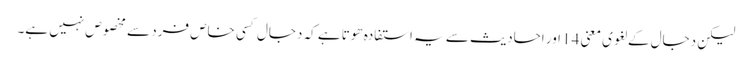
لیکن دجال کے لغوی معنی 14 اور احادیث سے یہ استفادہ ھوتا ہے کہ دجال کسی خاص فرد سے مخصوص نہیں ہے۔